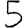
Digit: 5